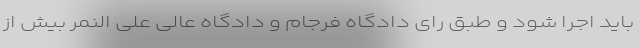
باید اجرا شود و طبق رای دادگاه فرجام و دادگاه عالی علی النمر بیش از